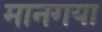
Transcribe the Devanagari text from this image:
मानगया